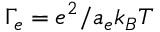
\Gamma _ { e } = e ^ { 2 } / a _ { e } k _ { B } T